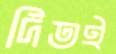
দিতই